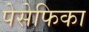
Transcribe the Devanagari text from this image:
पेसेफिका